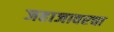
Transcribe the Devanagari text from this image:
जहाजावरचा